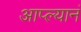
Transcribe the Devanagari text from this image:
आप्ल्यानं